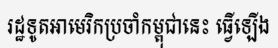
រដ្ឋទូតអាមេរិកប្រចាំកម្ពុជានេះ ធ្វើឡើង